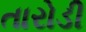
તારોડી